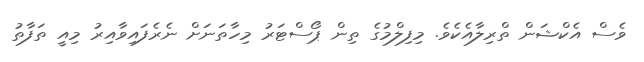
ވެސް އެކްޝަން ތްރިލާއެކެވެ. މިފިލްމުގެ ތިން ޕޯސްޓަރު މިހާތަނަށް ނެރެފައިވާއިރު މިއީ ތަފާތު